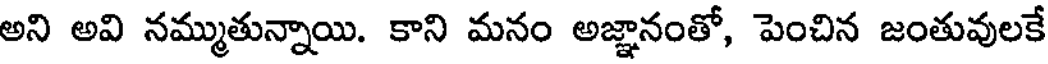
అని అవి నమ్ముతున్నాయి. కాని మనం అజ్ఞానంతో, పెంచిన జంతువులకే